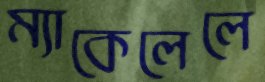
ম্যাকেলেলে